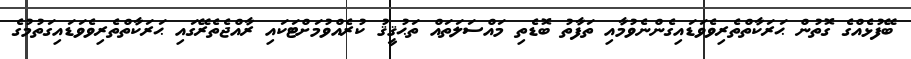
ބޭފުޅެއްގެ ގޮތުން ޙަރަކާތްތެރިވެވަޑައިގެންނެވުމާއި ތަފާތު ބޮޑެތި މައްސަލަތައް ތަޙުޤީޤު ކުރެއްވުމަށްޓަކައި ރާއްޖެތެރޭގައި ޙަރަކާތްތެރިވެވަޑައިގަތުމުގެ